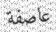
عاصفة